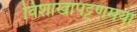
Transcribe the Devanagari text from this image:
विशाखापट्टणमया